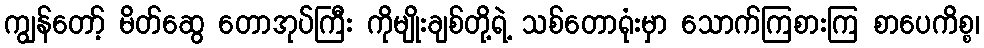
ကျွန်တော့် မိတ်ဆွေ တောအုပ်ကြီး ကိုမျိုးချစ်တို့ရဲ့ သစ်တောရုံးမှာ သောက်ကြစားကြ စာပေကိစ္စ၊